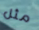
مثل